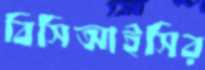
বিসিআইসির